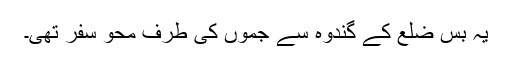
یہ بس ضلع کے گندوہ سے جموں کی طرف محو سفر تھی۔